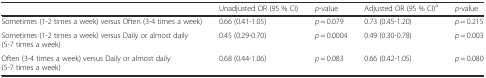
|  | Unadjusted OR (95 % CI) | p-value | Adjusted OR (95 % CI)a | p-value |
 | --- | --- | --- | --- | --- |
 | Sometimes (1-2 times a week) versus Often (3-4 times a week) | 0.66 (0.41-1.05) | p = 0.079 | 0.73 (0.45-1.20) | p = 0.215 |
 | Sometimes (1-2 times a week) versus Daily or almost daily (5-7 times a week) | 0.45 (0.29-0.70) | p = 0.0004 | 0.49 (0.30-0.78) | p = 0.003 |
 | Often (3-4 times a week) versus Daily or almost daily (5-7 times a week) | 0.68 (0.44-1.06) | p = 0.083 | 0.66 (0.42-1.05) | p = 0.080 |